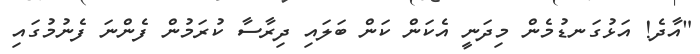
"އާދެ! އަޅުގަނޑުމެން މިދަނީ އެކަން ކަން ބަލައި ދިރާސާ ކުރަމުން ފެންނަ ފެނުމުގައި